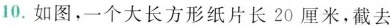
10.如图，一个大长方形纸片长20厘米，截去